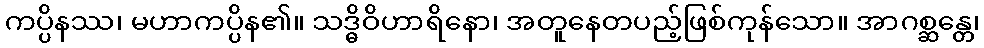
ကပ္ပိနဿ၊ မဟာကပ္ပိန၏။ သဒ္ဓိဝိဟာရိနော၊ အတူနေတပည့်ဖြစ်ကုန်သော။ အာဂစ္ဆန္တေ၊